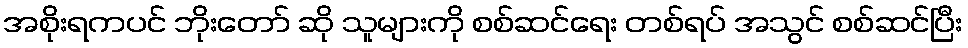
အစိုးရကပင် ဘိုးတော် ဆို သူများကို စစ်ဆင်ရေး တစ်ရပ် အသွင် စစ်ဆင်ပြီး